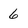
Character: 6